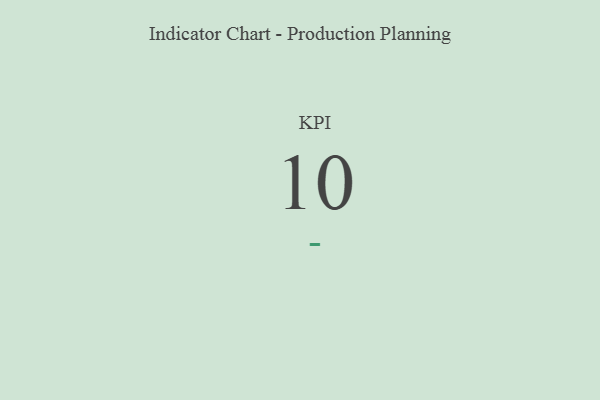
{"axis": {"x": "KPI", "y": "Value"}, "legend": [""], "data": [{"x": "KPI", "y": 10, "type": ""}]}